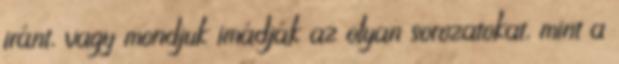
iránt, vagy mondjuk imádják az olyan sorozatokat, mint a